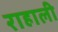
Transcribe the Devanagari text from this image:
राहाली